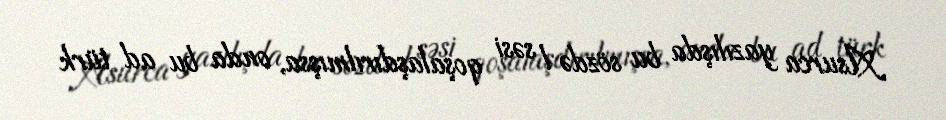
Asurca yazılışda bu sözdə l səsi qoşalaşdırılmışsa, onda bu ad türk